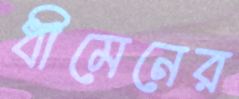
ধীমেনের